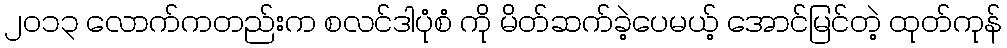
၂၀၁၃ လောက်ကတည်းက စလင်ဒါပုံစံ ကို မိတ်ဆက်ခဲ့ပေမယ့် အောင်မြင်တဲ့ ထုတ်ကုန်